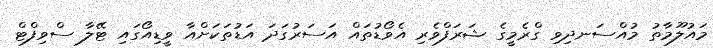
މައުލޫމާތު މުއްސަނދިވި ގްރެމީގެ ޝަރަފްވެރި އެވޯޑުތައް އަސަރުގަދަ އަޑުތަކަށްއާ ވީޑިއޯގައި ޓޭލާ ސްވިފްޓް